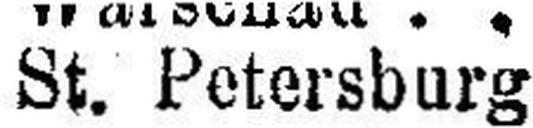
St. Petersburg